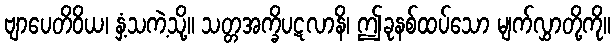
ဗျာပေတိဝိယ၊ နှံ့သကဲ့သို့။ သတ္တအက္ခိပဋလာနိ၊ ဤခုနစ်ထပ်သော မျက်လွှာတို့ကို။